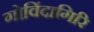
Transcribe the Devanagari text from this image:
गोविंदागिरि